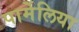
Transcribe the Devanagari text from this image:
पार्मेलिया